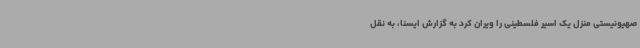
صهیونیستی منزل یک اسیر فلسطینی را ویران کرد به گزارش ایسنا، به نقل